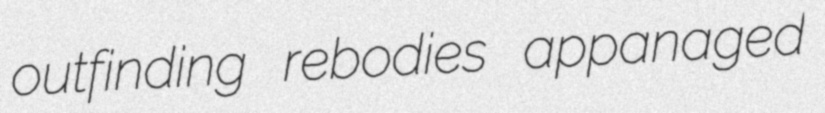
outfinding rebodies appanaged